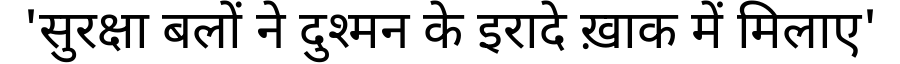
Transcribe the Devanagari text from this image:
'सुरक्षा बलों ने दुश्मन के इरादे ख़ाक में मिलाए'